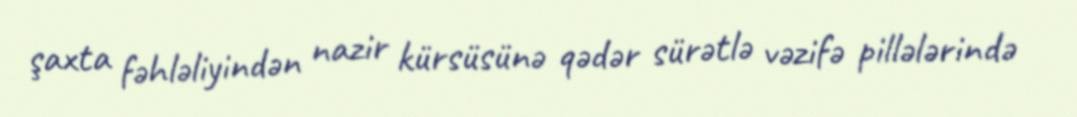
şaxta fəhləliyindən nazir kürsüsünə qədər sürətlə vəzifə pillələrində